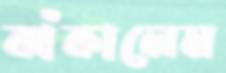
ঝাঁকালেম